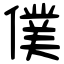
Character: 僕